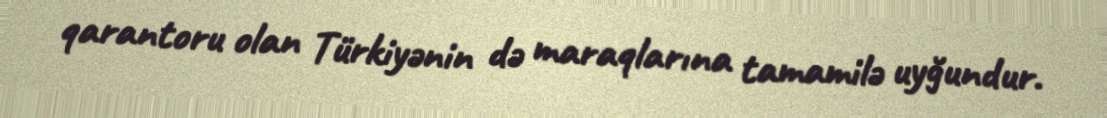
qarantoru olan Türkiyənin də maraqlarına tamamilə uyğundur.